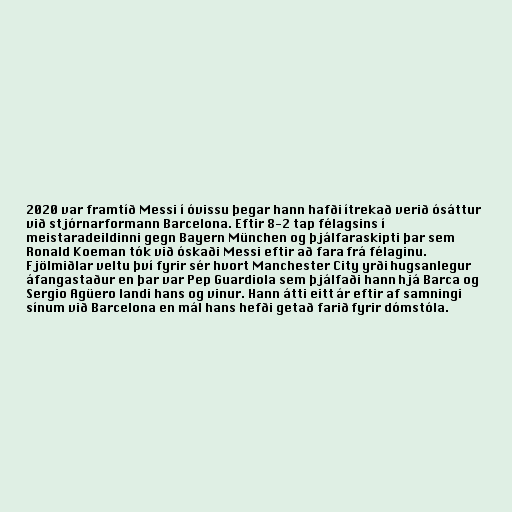
2020 var framtíð Messi í óvissu þegar hann hafði ítrekað verið ósáttur
við stjórnarformann Barcelona. Eftir 8-2 tap félagsins í
meistaradeildinni gegn Bayern München og þjálfaraskipti þar sem
Ronald Koeman tók við óskaði Messi eftir að fara frá félaginu.
Fjölmiðlar veltu því fyrir sér hvort Manchester City yrði hugsanlegur
áfangastaður en þar var Pep Guardiola sem þjálfaði hann hjá Barca og
Sergio Agüero landi hans og vinur. Hann átti eitt ár eftir af samningi
sínum við Barcelona en mál hans hefði getað farið fyrir dómstóla.